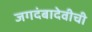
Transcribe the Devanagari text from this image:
जगदंबादेवीची